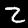
Label: 2